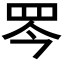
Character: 𦊃